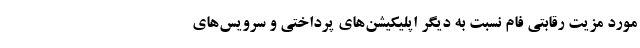
مورد مزیت رقابتی فام نسبت به دیگر اپلیکیشن‌های پرداختی و سرویس‌های